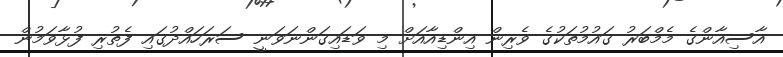
އާސިއާންގެ މެމްބަރު ގައުމުތަކުގެ ވެރިން އިންޑިއާއަށް މި ވަޑައިގަންނަވަނީ ސަރަހައްދުގައި ފެތުރި ފުޅާވަމުން